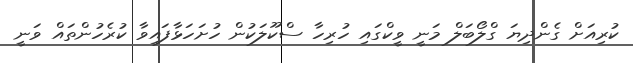
ކުރިއަށް ގެންދިޔަ ގްލޯބަލް މަނީ ވީކްގައި ހުރިހާ ސްކޫލަކުން ހުށަހަޅާފައިވާ ކުރެހުންތައް ވަނީ